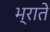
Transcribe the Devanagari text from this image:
भ्राते